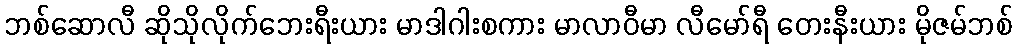
ဘစ်ဆောလီ ဆိုသိုလိုက်ဘေးရီးယား မာဒါဂါးစကား မာလာဝီမာ လီမော်ရီ တေးနီးယား မိုဇမ်ဘစ်